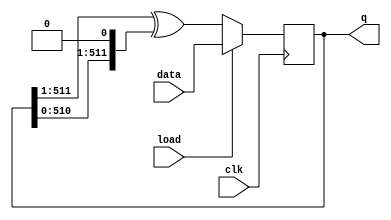
module top_module(
    input clk,
    input load,
    input [511:0] data,
    output [511:0] q ); 

always @(posedge clk) begin
if(load)
q<= data;
else
q<= {q[511:1]}^{q[510:0],1'b0};
end

endmodule